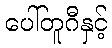
ပေါ်တူဂီနှင့်